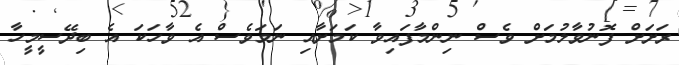
ރަށަށް ފޮނުވާލުމަށް ވެސް ނިންމާފައިވާ ކަމަށާއި ނަމަވެސް އެ ވާހަކަ އެ ބިދޭސީމީހާ